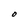
Character: O